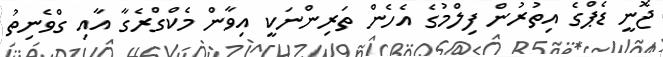
ޖޮނީ ޑެޕްގެ އިތުރުން ފިލްމުގެ އެހެން ތަރިންނަކީ އިވާން މެކްގްރެގާ އާއި ގްވެނިތު